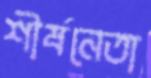
শীর্ষনেতা